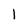
Character: 1